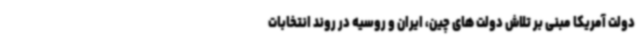
دولت آمریکا مبنی بر تلاش دولت های چین، ایران و روسیه در روند انتخابات